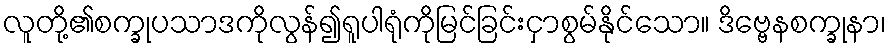
လူတို့၏စက္ခုပသာဒကိုလွန်၍ရူပါရုံကိုမြင်ခြင်းငှာစွမ်နိုင်သော။ ဒိဗ္ဗေနစက္ခုနာ၊